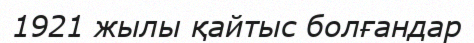
1921 жылы қайтыс болғандар